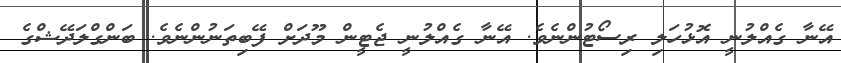
އޭނާ ގެއްލުނީ އޮޅުހަލި ރިސޯޓުންނެވެ. އޭނާ ގެއްލުނީ ޖެޓީން މޫދަށް ފޭބިތަނުންނެވެ. ބަންގްލަދޭޝްގެ